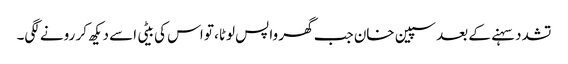
تشدد سہنے کے بعد سپین خان جب گھر واپس لوٹا، تو اس کی بیٹی اسے دیکھ کر رونے لگی۔